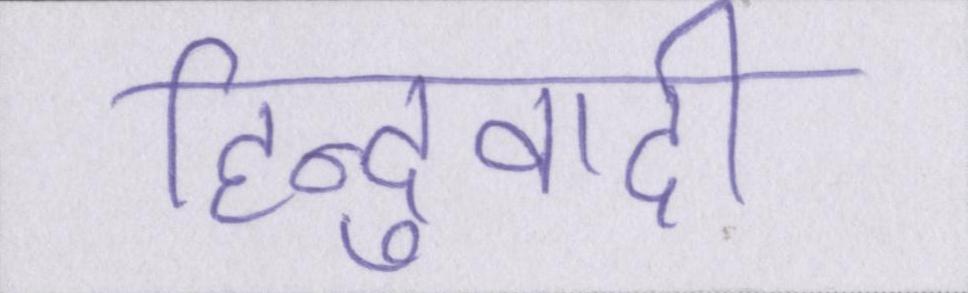
हिन्दुवादी